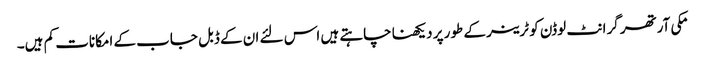
مکی آرتھر گرانٹ لوڈن کو ٹرینر کے طور پر دیکھنا چاہتے ہیں اس لئے ان کے ڈبل جاب کے امکانات کم ہیں۔